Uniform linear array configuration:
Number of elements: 24
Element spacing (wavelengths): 1
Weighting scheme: kaiser
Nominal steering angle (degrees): -30
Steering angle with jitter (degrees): -31.362
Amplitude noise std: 0.05
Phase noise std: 0.05

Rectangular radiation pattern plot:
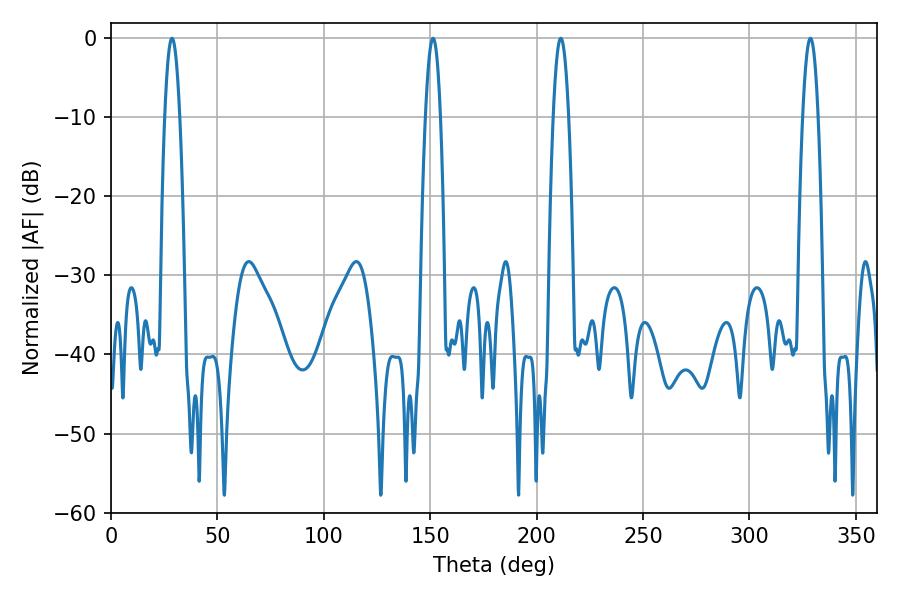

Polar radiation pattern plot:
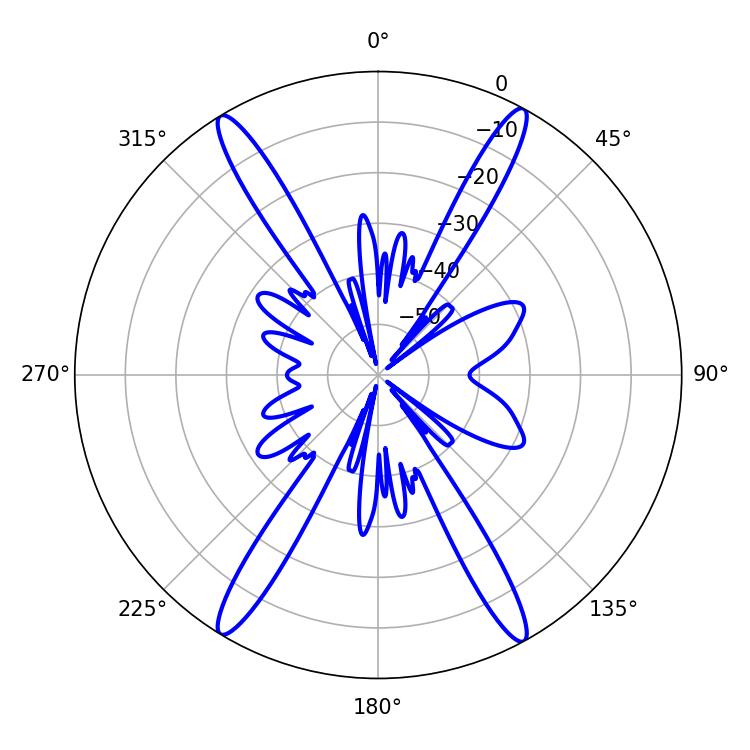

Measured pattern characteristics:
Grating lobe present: TRUE
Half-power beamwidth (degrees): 3.96
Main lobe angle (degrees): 211.32